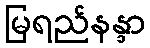
မြရည်နန္ဒာ